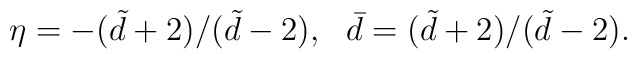
\eta =-(\tilde{d}+2)/(\tilde{d}-2),\ \ \bar{d}=(\tilde{d}+2)/(\tilde{d}-2).